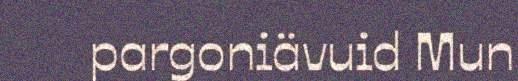
pargoniävuid Mun